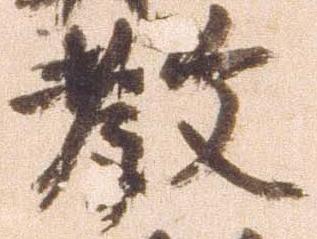
教